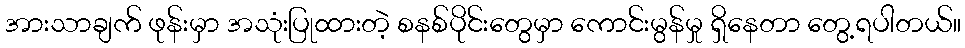
အားသာချက် ဖုန်းမှာ အသုံးပြုထားတဲ့ စနစ်ပိုင်းတွေမှာ ကောင်းမွန်မှု ရှိနေတာ တွေ့ရပါတယ်။